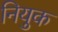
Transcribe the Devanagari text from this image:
नियुक